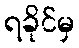
ရခိုင်မှ